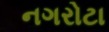
નગરોટા